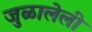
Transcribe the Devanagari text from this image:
जुळालेली